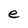
Character: e